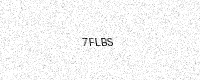
Text: 7FLBS